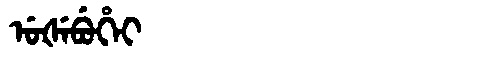
Manchu: ᡠᡧᡝᠪᡠᡥᡝᡳ
Romanization: UŠEBUHEI